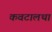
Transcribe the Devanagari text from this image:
कवटालथा